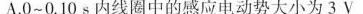
A.0~0.10s内线圈中的感应电动势大小为3V